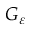
G _ { \varepsilon }